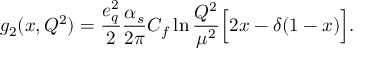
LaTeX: g _ { 2 } ( x , Q ^ { 2 } ) = { \frac { e _ { q } ^ { 2 } } { 2 } } { \frac { \alpha _ { s } } { 2 \pi } } C _ { f } \ln { \frac { Q ^ { 2 } } { \mu ^ { 2 } } } \Big [ 2 x - \delta ( 1 - x ) \Big ] .